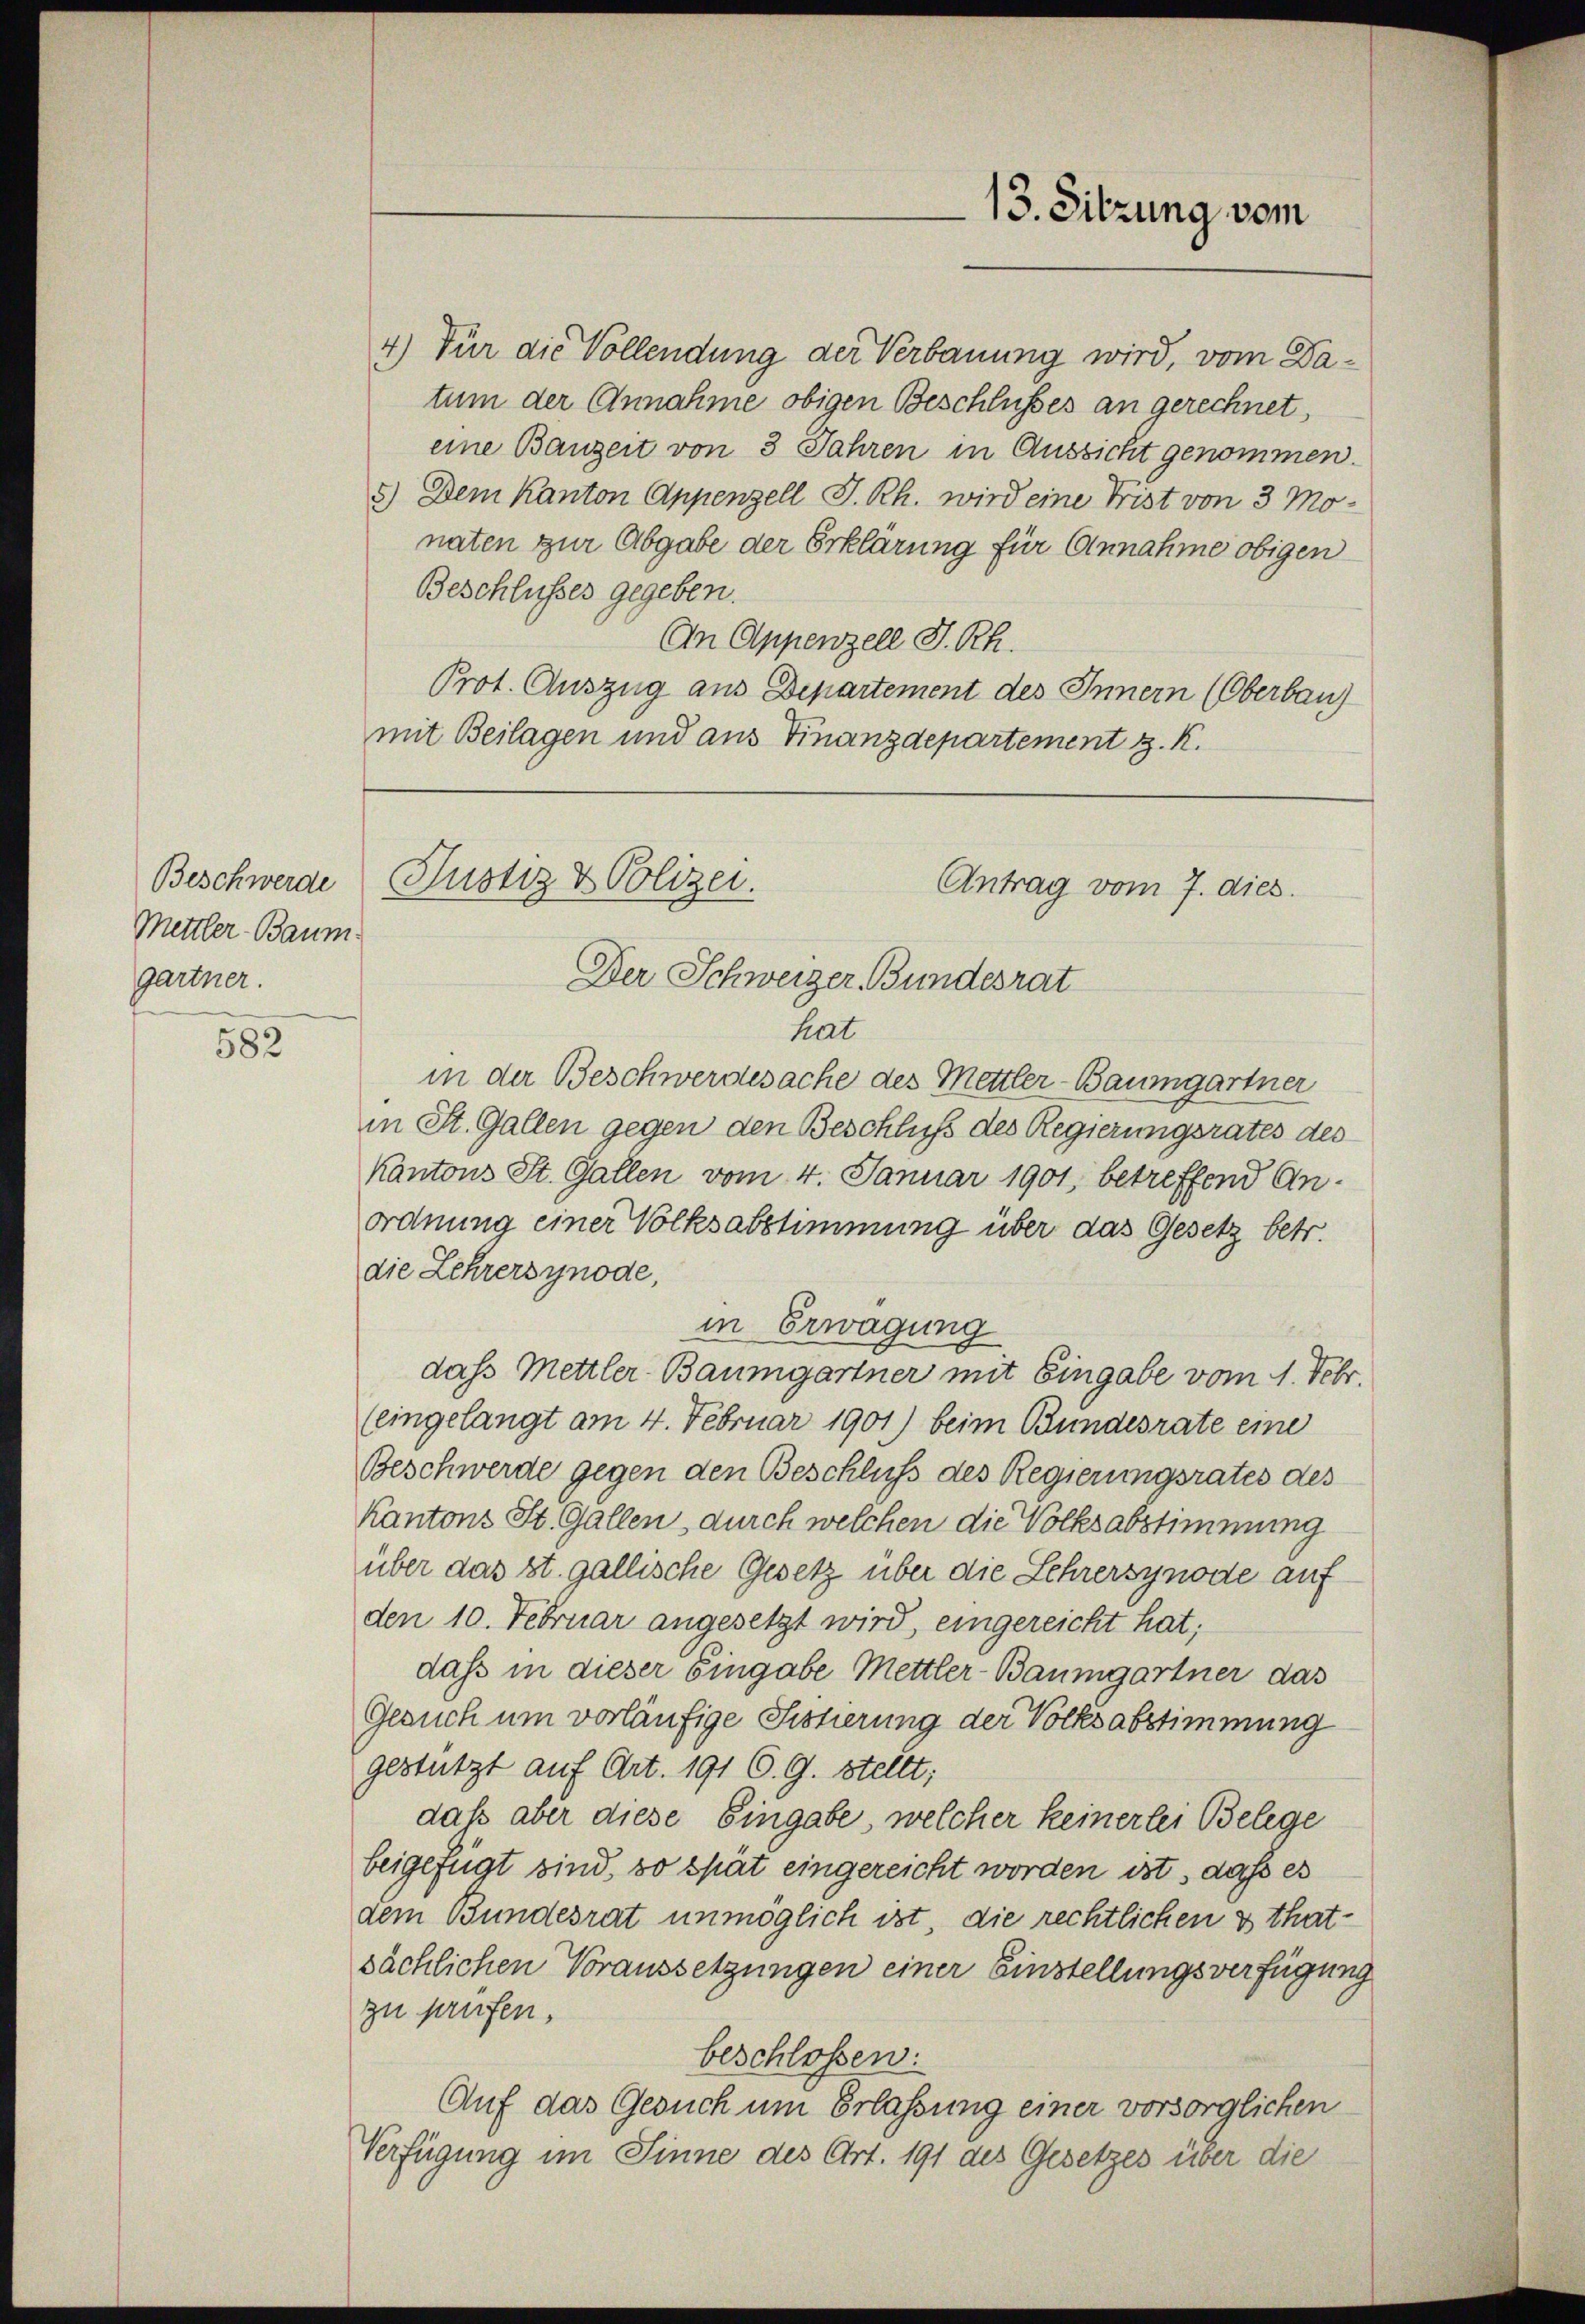
Mettler-Baum
gartner.

582

4) Für die Vollendung der Verbauung wird, vom Datum der Annahme obigen Beschlusses an gerechnet,
eine Bauzeit von 3 Jahren in Aussicht genommen.
5.) Dem Kanton Appenzell I.Rh. wird eine Frist von 3 Monaten zur Abgabe der Erklärung für Annahme obigen
Beschlusses gegeben.
An Appenzell I. Rh.
Prot. Auszug aus Departement des Innern (Oberbau
mit Beilagen und aus Finanzdepartement z. K.

Der Schweizer Bundesrat
hat
in der Beschwerdesache des Mettler-Baumgartner
in St. Gallen gegen den Beschluß des Regierungsrates des
Kantons St. Gallen vom 4. Januar 1901, betreffend Anordnung einer Volksabstimmung über das Gesetz betr.
die Lehrersynode,
in Erwägung
u
dass Mettler-Baumgartner mit Eingabe vom 1. Febr.
(eingelangt am 4. Februar 1901) beim Bundesrate eine
Beschwerde gegen den Beschluss des Regierungsrates des
Kantons St. Gallen, durch welchen die Volksabstimmung
über das st. gallische Gesetz über die Lehrersynode auf
den 10. Februar angesetzt wird, eingereicht hat;
dass in dieser Eingabe Mettler-Baumgartner das
Gesuch um vorläufige Sistierung der Volksabstimmung
gestützt auf Art. 191 C. G. stellt;
daß aber diese Eingabe, welcher keinerlei Belege
beigefügt sind, so spät eingereicht worden ist, daß es
dem Bundesrat unmöglich ist, die rechtlichen & that-
sächlichen Voraussetzungen einer Einstellungsverfügung
zu prüfen,
beschlossen:
Auf das Gesuch um Erlassung einer vorsorglichen
Verfügung im Sinne des Art. 191 des Gesetzes über die

13. Sitzung vom

Beschwerde Justiz & Polizei.
Antrag vom 7. dies